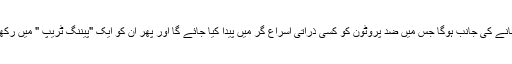
اس جانب سب سے پہلا قدم اس کا ایندھن بنانے کی جانب ہوگا جس میں ضد پروٹون کو کسی ذرّاتی اسراع گر میں پیدا کیا جائے گا اور پھر ان کو ایک "پیننگ ٹریپ " میں رکھا جائے گا جس کواسمتھ ابھی بنا رہے ہیں۔